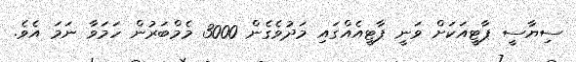
ސިޔާސީ ޕާޓީއަކަށް ވަނީ ޕާޓީއެއްގައި މަދުވެގެން 3000 މެމްބަރުން ހަމަވާ ނަމަ އެވެ.